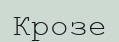
Крозе